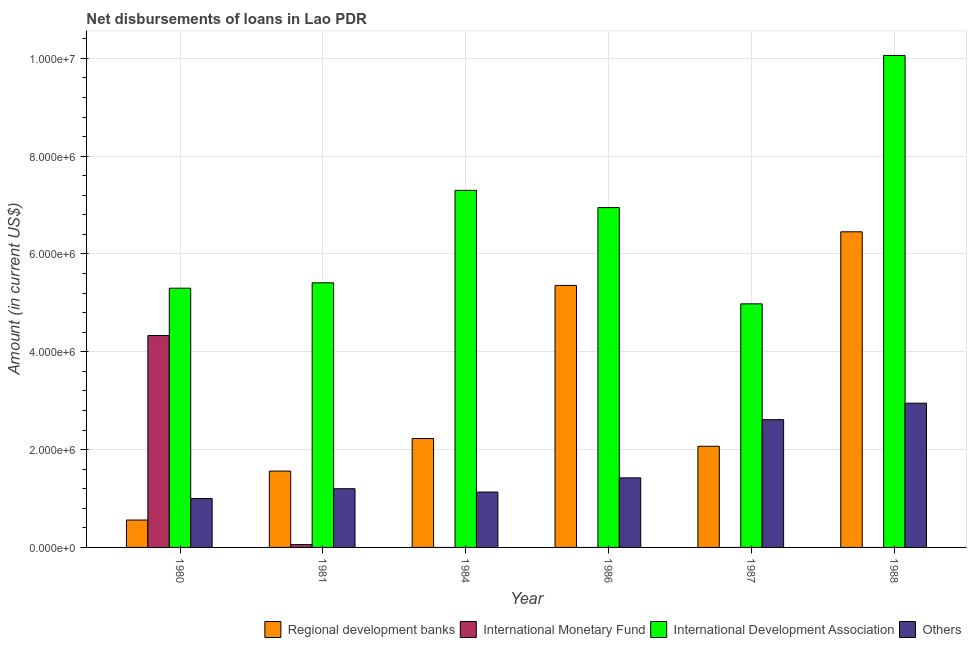
| Year | Regional development banks | International Monetary Fund | International Development Association | Others |
 | --- | --- | --- | --- | --- |
 | 1980 | 5.6e+05 | 4.33e+06 | 5.3e+06 | 1e+06 |
 | 1981 | 1.56e+06 | 5.8e+04 | 5.41e+06 | 1.2e+06 |
 | 1984 | 2.23e+06 | -1.10e+06 | 7.3e+06 | 1.13e+06 |
 | 1986 | 5.36e+06 | -2.97e+06 | 6.95e+06 | 1.42e+06 |
 | 1987 | 2.07e+06 | -3.32e+06 | 4.98e+06 | 2.61e+06 |
 | 1988 | 6.45e+06 | -3.4e+06 | 1.01e+07 | 2.95e+06 |